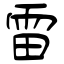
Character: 雷